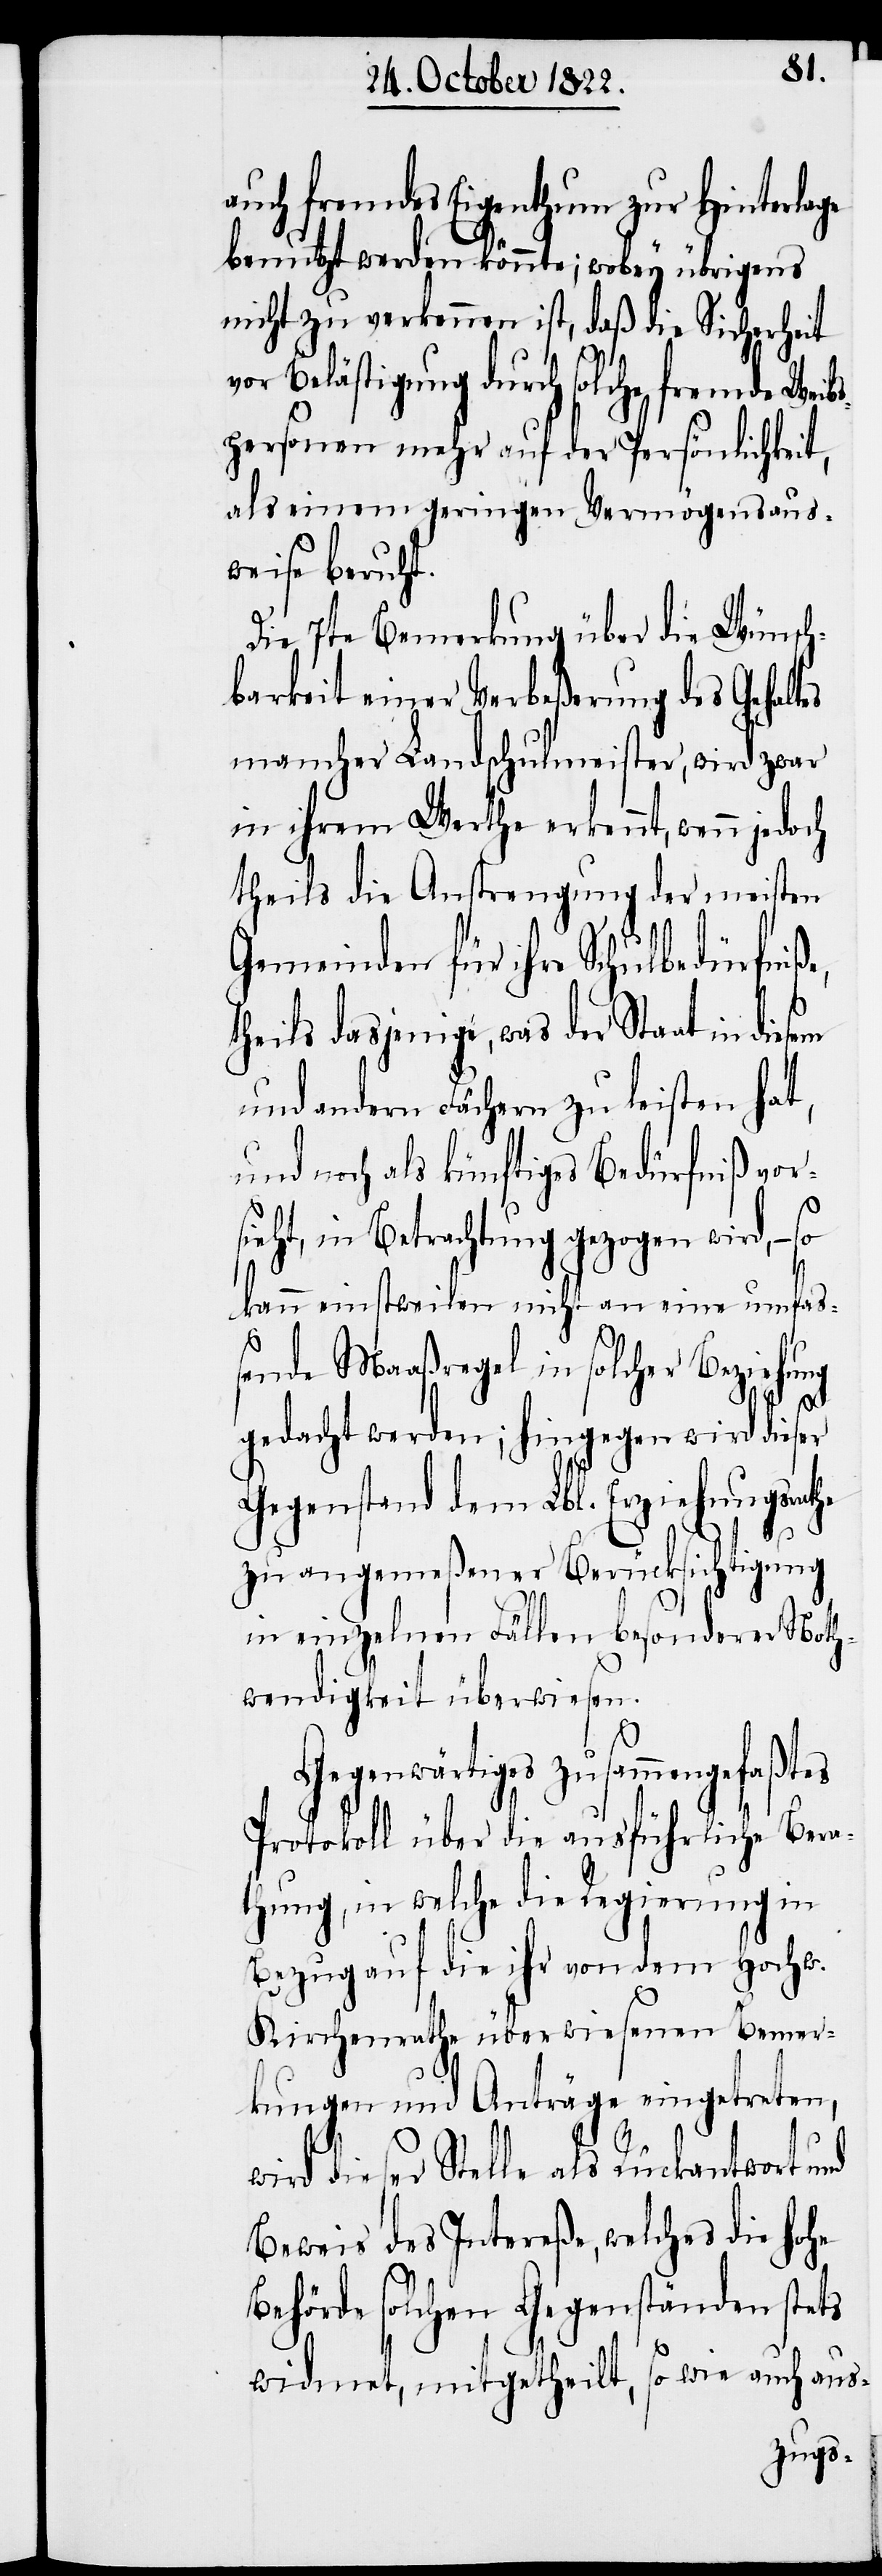
auch fremdes Eigenthum zur Hinterlage
benutzt werden könnte; wobey übrigens
nicht zu verkennen ist, daß die Sicherheit
Belästigung durch solche fremde Weib¬
spersonen mehr auf der Persönlichkeit,
als einem geringen Vermögensaus¬
weise beruht.
Die 7te Bemerkung über die Wünsch¬
barkeit einer Verbeßerung des Gehalt¬
mancher Landschulmeister, wird zwar
in ihrem Werthe erkennt, wenn jedoch
theils die Anstrengung der meisten
Gemeinden für ihre Schuldbedürfniß¬
theils dasjenige, was der Staat in
und andern Fächern zu leisten hat,
und noch als künftiges Bedürfniß vor¬
sieht, in Betrachtung gezogen wird, – so
kann einstweilen nicht an eine umfa¬
ßende Maaßregel in solcher Beziehung
gedacht werden; hingegen wird dieser
Gegenstand dem Lbl. Erziehungsrathe
tes
zu angemeßener Berücksichtigung
in einzelnen Fällen besonderer Noth¬
wendigkeit überwiesen.
Gegenwärtiges zusammengefaß¬
Protokoll über die ausführliche Bera¬
thung, in welche die Regierung in
Bezug auf die ihr von dem Hochw.
Kirchenrathe überwiesenen Bemer¬
kungen und Anträge eingetreten,
wird dieser Stelle als Rückantwort und
Beweis des Intereße, welches die hohe
Behörde solchen Gegenständen stets
widmet, mitgehteilt, so wie auch aus-